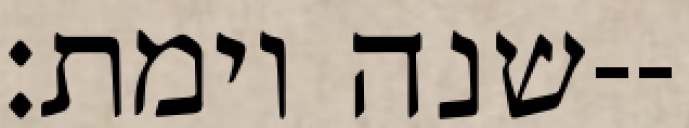
שנה וימת׃--